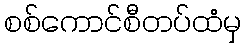
စစ်ကောင်စီတပ်ထံမှ